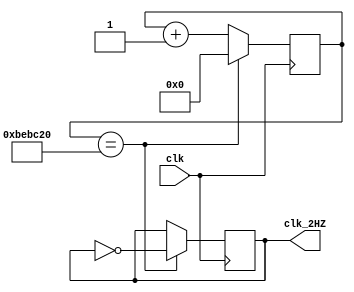
`timescale 1ns / 1ps
//////////////////////////////////////////////////////////////////////////////////
// Company: 
// Engineer: 
// 
// Design Name: 
// Module Name: cik_div_2HZ
// Project Name: 
// Target Devices: 
// Tool Versions: 
// Description: 
// 
// Dependencies: 
// 
// Revision:
// Revision 0.01 - File Created
// Additional Comments:
// 
//////////////////////////////////////////////////////////////////////////////////


 module cik_div_2HZ(input clk,output reg clk_2HZ  );//2hz
parameter  period = 50_000000;
reg [31:0] div2hz_cnt=0;
always@(posedge clk )
begin
	if( div2hz_cnt==12500000)
	begin
		clk_2HZ=~clk_2HZ;
        div2hz_cnt=0;
	end
	else
		div2hz_cnt=div2hz_cnt+1'b1;
end



endmodule